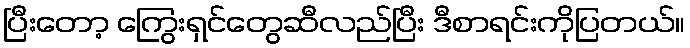
ပြီးတော့ ကြွေးရှင်တွေဆီလည်ပြီး ဒီစာရင်းကိုပြတယ်။